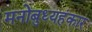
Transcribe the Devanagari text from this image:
मनोबुध्यहंकार